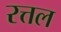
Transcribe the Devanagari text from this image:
रत्तल